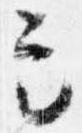
定